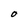
Character: O